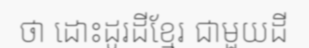
ថា ដោះដូរដីខ្មែរ ជាមួយដី